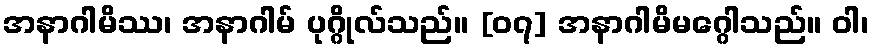
အနာဂါမိဿ၊ အနာဂါမ် ပုဂ္ဂိုလ်သည်။ [၀၇] အနာဂါမိမဂ္ဂေါသည်။ ဝါ၊